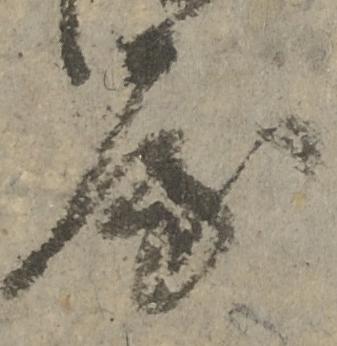
房